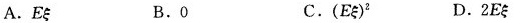
A. Eξ B.0 C.(Eξ)^{2} D.2Eξ